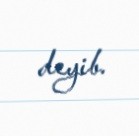
deyib.